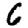
Digit: 6